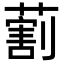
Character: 𦺧